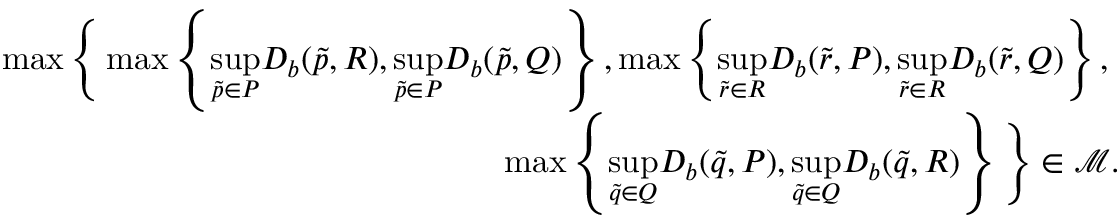
\begin{array} { r } { \operatorname* { m a x } \Bigg \{ \operatorname* { m a x } \left\{ \underset { \Tilde { p } \in P } { \operatorname* { s u p } } D _ { b } ( \Tilde { p } , R ) , \underset { \Tilde { p } \in P } { \operatorname* { s u p } } D _ { b } ( \Tilde { p } , Q ) \right\} , \operatorname* { m a x } \left\{ \underset { \Tilde { r } \in R } { \operatorname* { s u p } } D _ { b } ( \Tilde { r } , P ) , \underset { \Tilde { r } \in R } { \operatorname* { s u p } } D _ { b } ( \Tilde { r } , Q ) \right\} , \ } \\ { \operatorname* { m a x } \left\{ \underset { \Tilde { q } \in Q } { \operatorname* { s u p } } D _ { b } ( \Tilde { q } , P ) , \underset { \Tilde { q } \in Q } { \operatorname* { s u p } } D _ { b } ( \Tilde { q } , R ) \right\} \Bigg \} \in \mathcal { M } . } \end{array}